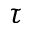
\tau